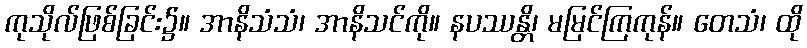
ကုသိုလ်ဖြစ်ခြင်း၌။ အာနိသံသံ၊ အာနိသင်ကို။ နပဿန္တိ၊ မမြင်ကြကုန်။ တေသံ၊ ထို